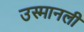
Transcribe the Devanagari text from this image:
उस्मानली